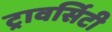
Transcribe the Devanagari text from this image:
ट्रावर्सिटी